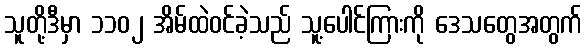
သူတို့ဒီမှာ ၁၁၀၂ အိမ်ထဲဝင်ခဲ့သည် သူ့ပေါင်ကြားကို ဒေသတွေအတွက်